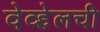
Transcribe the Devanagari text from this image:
वेव्हेलची